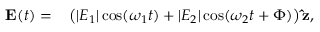
\begin{array} { r l } { \mathbf { E } ( t ) = } & { { } \left( | E _ { 1 } | \cos ( \omega _ { 1 } t ) + | E _ { 2 } | \cos ( \omega _ { 2 } t + \Phi ) \right) \mathbf { \hat { z } } , } \end{array}